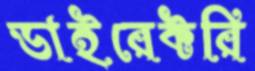
ডাইরেক্টরি